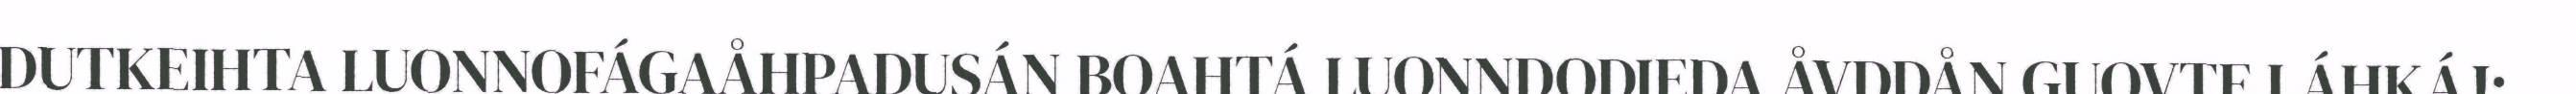
DUTKEIHTA LUONNOFÁGAÅHPADUSÁN BOAHTÁ LUONNDODIEDA ÅVDDÅN GUOVTE LÁHKÁJ: